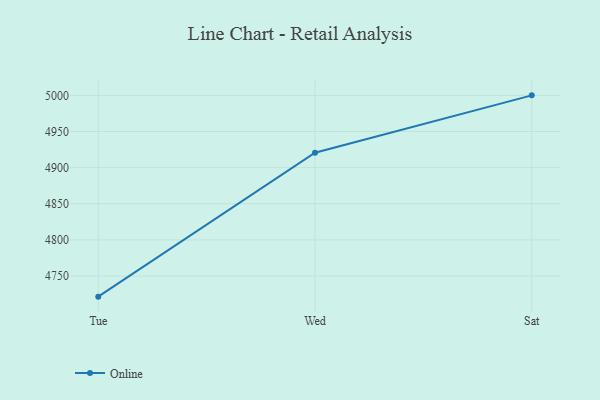
{"axis": {"x": "Day", "y": "Temperature (°C)"}, "legend": ["Online"], "data": [{"x": "Tue", "y": 4721.6, "type": "Online"}, {"x": "Wed", "y": 4920.6, "type": "Online"}, {"x": "Sat", "y": 5000, "type": "Online"}]}